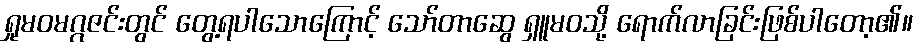
ရှုမဝမဂ္ဂဇင်းတွင် တွေ့ရပါသောကြောင့် သော်တာဆွေ ရှူမဝသို့ ရောက်လာခြင်းဖြစ်ပါတော့၏။